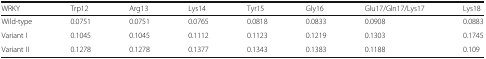
<table><thead><tr><td><b>WRKY</b></td><td><b>Trp12</b></td><td><b>Arg13</b></td><td><b>Lys14</b></td><td><b>Tyr15</b></td><td><b>Gly16</b></td><td><b>Glu17/Gln17/Lys17</b></td><td><b>Lys18</b></td></tr></thead><tbody><tr><td>Wild-type</td><td>0.0751</td><td>0.0751</td><td>0.0765</td><td>0.0818</td><td>0.0833</td><td>0.0908</td><td>0.0883</td></tr><tr><td>Variant I</td><td>0.1045</td><td>0.1045</td><td>0.1112</td><td>0.1123</td><td>0.1219</td><td>0.1303</td><td>0.1745</td></tr><tr><td>Variant II</td><td>0.1278</td><td>0.1278</td><td>0.1377</td><td>0.1343</td><td>0.1383</td><td>0.1188</td><td>0.109</td></tr></tbody></table>